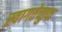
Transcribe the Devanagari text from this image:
स्वागतेच्छुक